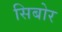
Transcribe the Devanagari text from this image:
सिबोर